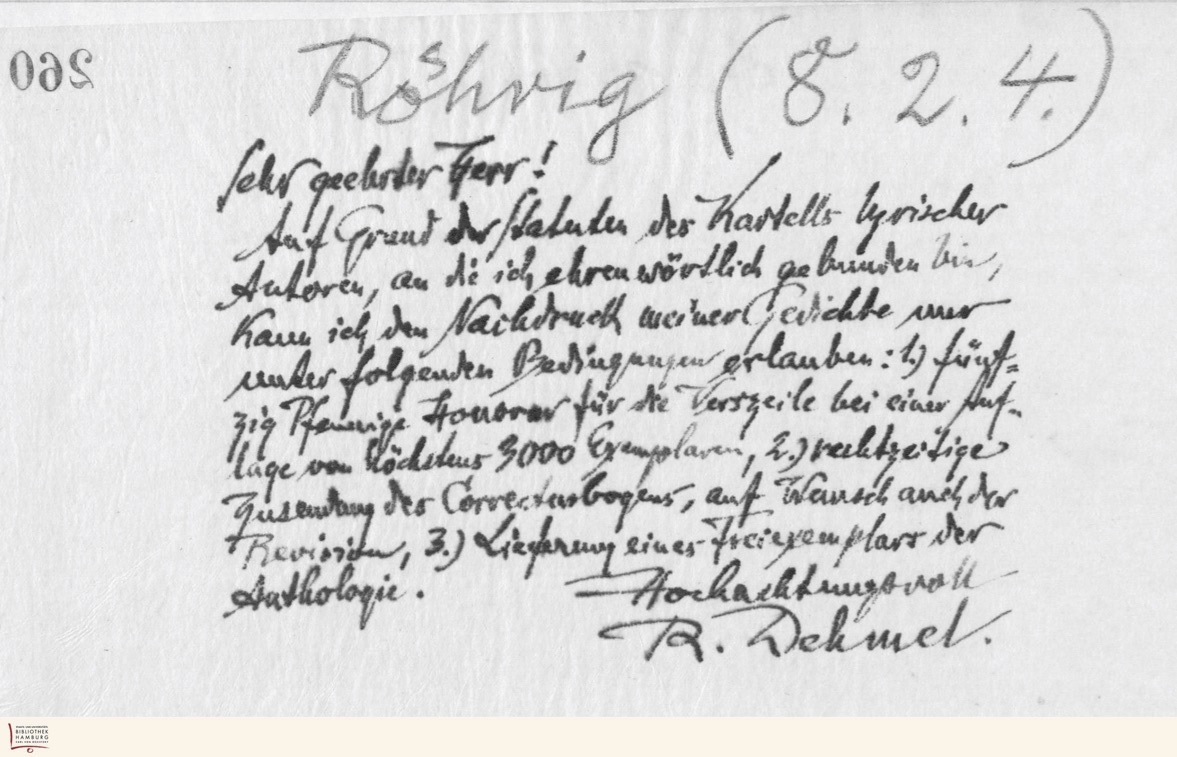
260

Röhrig (8.2.4.)
Sehr geehrter Herr!
Auf Grund der Statuten des Kartells lyrischer
Autoren, an die ich ehrenwörtlich gebunden bin,
kann ich den Nachdruck meiner Geschichte nur
unter folgenden Bedingungen erlauben: 1.) fünf-
zig Pfennige Honorar für die Verszeile bei einer Auf-
lage von höchstens 3000 Exemplaren, 2.) rechtzeitige
Zusendung des Correcturbogens, auf Wunsch auch der
Revision, 3.) Lieferung eines Freiexemplars der
Anthologie. Hochachtungsvoll
R. Dehmel.